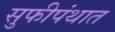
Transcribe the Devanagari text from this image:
सुफीपंथात